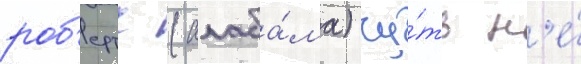
роб'ертс (алаба́ма) чу́ть н'е́